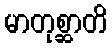
မာတုစ္ဆာတိ